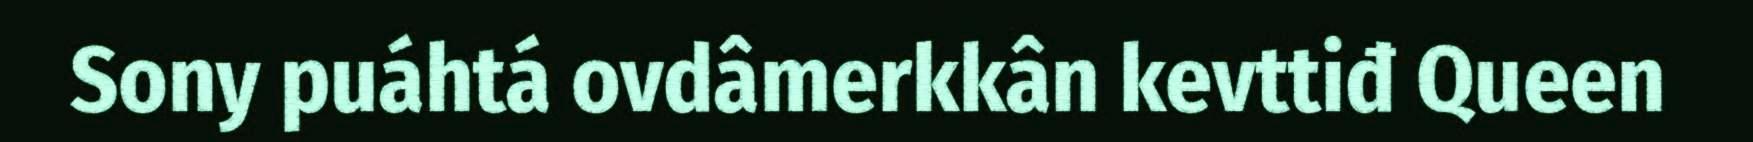
Sony puáhtá ovdâmerkkân kevttiđ Queen